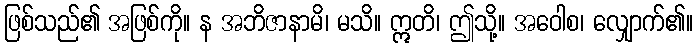
ဖြစ်သည်၏ အဖြစ်ကို။ န အဘိဇာနာမိ၊ မသိ။ ဣတိ၊ ဤသို့။ အဝေါစ၊ လျှောက်၏။